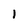
Character: 1